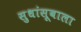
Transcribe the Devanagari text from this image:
सुधांसूबाला